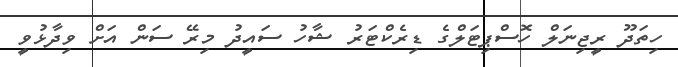
ހިތަދޫ ރީޖިނަލް ހޮސްޕިޓަލްގެ ޑިރެކްޓަރު ޝާހު ސައީދު މިރޭ ސަން އަށް ވިދާޅުވީ